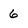
Character: 6